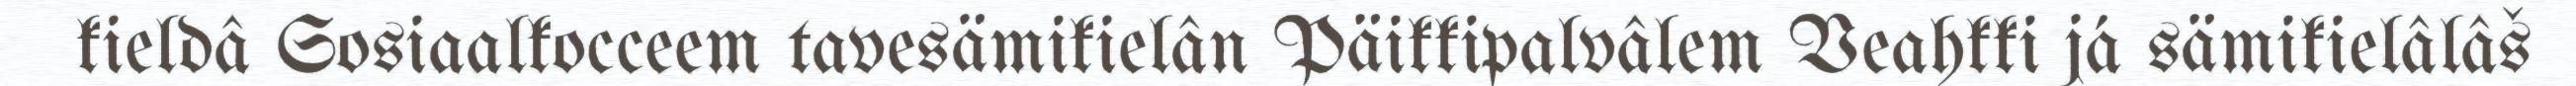
kieldâ Sosiaalkocceem tavesämikielân Päikkipalvâlem Veahkki já sämikielâlâš